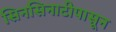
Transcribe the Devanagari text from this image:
सिनसिनाटीपासून